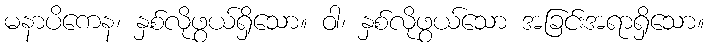
မနာပိကေန၊ နှစ်လိုဖွယ်ရှိသော။ ဝါ၊ နှစ်လိုဖွယ်သော အခြင်းအရာရှိသော။